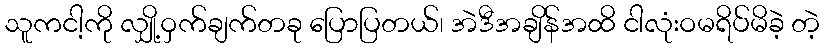
သူကငါ့ကို လျှို့ဝှက်ချက်တခု ပြောပြတယ်၊ အဲဒီအချိန်အထိ ငါလုံးဝမရိပ်မိခဲ့ တဲ့